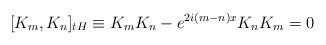
LaTeX: \begin{align*}\lbrack K_{m},K_{n}]_{tH}\equiv K_{m}K_{n}-e^{2i(m-n)x}K_{n}K_{m}=0\end{align*}